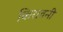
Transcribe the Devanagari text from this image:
किरावनी